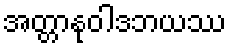
အတ္တာနုဝါဒဘယဿ